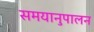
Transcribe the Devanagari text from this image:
समयानुपालन